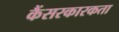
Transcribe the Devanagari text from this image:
कैंसरकारकता